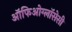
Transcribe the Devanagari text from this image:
ऑफिओग्लॉसेसी